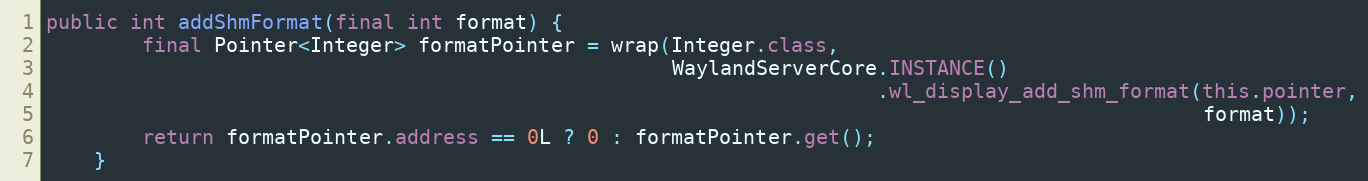
Language: Java
public int addShmFormat(final int format) {
        final Pointer<Integer> formatPointer = wrap(Integer.class,
                                                    WaylandServerCore.INSTANCE()
                                                                     .wl_display_add_shm_format(this.pointer,
                                                                                                format));
        return formatPointer.address == 0L ? 0 : formatPointer.get();
    }